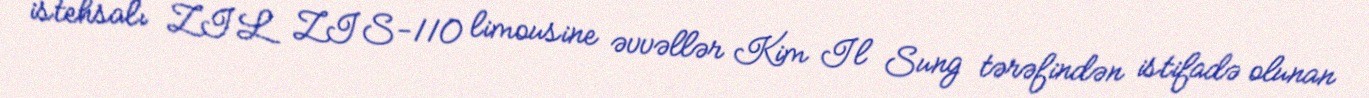
istehsalı ZIL ZIS-110 limousine əvvəllər Kim Il Sung tərəfindən istifadə olunan